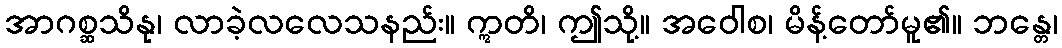
အာဂစ္ဆသိနု၊ လာခဲ့လလေသနည်း။ ဣတိ၊ ဤသို့။ အဝေါစ၊ မိန့်တော်မူ၏။ ဘန္တေ၊